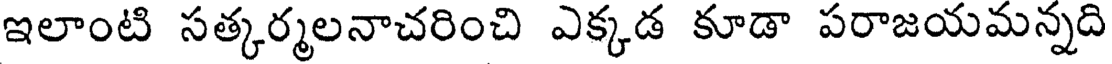
ఇలాంటి సత్కర్మలనాచరించి ఎక్కడ కూడా పరాజయమన్నది